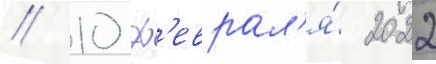
// 10 ф'еврал'я́ 2022